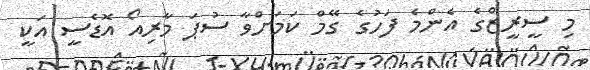
މި ސީރީޒްގެ އެންމެ ފަހުގެ ގޭމް ކަމަށްވާ ސުޕަ މާރިއޯ އޮޑެސީ އަކީ